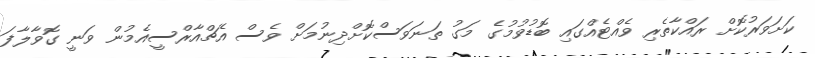
ކަށަވަރުކޮށް ރައްކާތެރި ވެއްޓެއްގައި ބޮޑުވުމުގެ މަގު ތަނަވަސްކޮށްދިނުމަށް ވެސް އެޗްއާރްސީއެމުން ވަނީ ގޮވާލާފަ